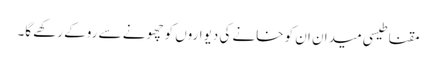
مقناطیسی میدان ان کو خانے کی دیواروں کو چھونے سے روکے رکھے گا۔